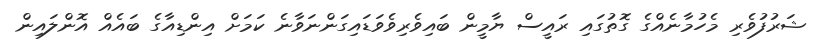
ޝަރުފުވެރި މެހުމާނެއްގެ ގޮތުގައި ރައީސް ޔާމީން ބައިވެރިވެވަޑައިގަންނަވާނެ ކަމަށް އިންޑިއާގެ ބައެއް އޮންލައިން